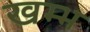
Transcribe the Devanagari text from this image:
खम्‍भ